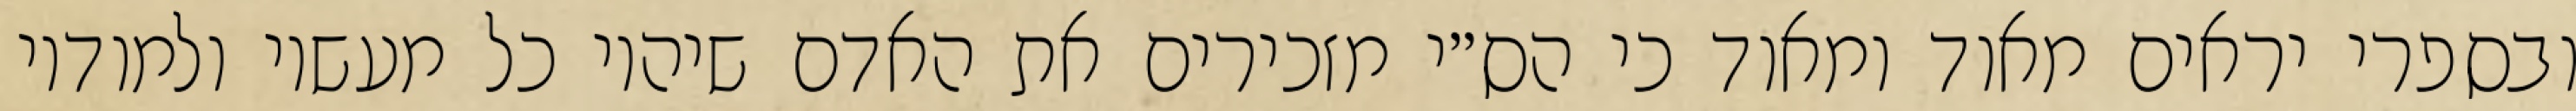
ובספרי יראים מאוד ומאוד כי הס״י מזכירים את האדם שיהיו כל מעשיו ולמודיו